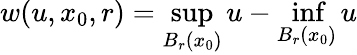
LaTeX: w(u,x_{0},r)=\operatorname*{sup}_{B_{r}(x_{0})}u-\operatorname*{inf}_{B_{r}(x_{0})}u